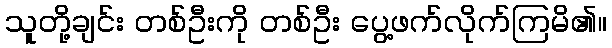
သူတို့ချင်း တစ်ဦးကို တစ်ဦး ပွေ့ဖက်လိုက်ကြမိ၏။